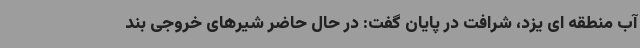
آب منطقه ای یزد، شرافت در پایان گفت: در حال حاضر شیرهای خروجی بند